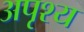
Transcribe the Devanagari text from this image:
अपृश्‍य